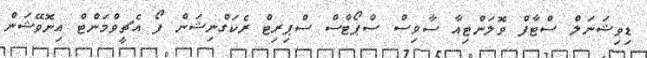
ޑިވިޝަނަލް ސްޓާފް ވޮލަންޓިއާ ސާވިސް ސްޕޯޓްސް ސްޕިރިޓް ރެކަގްނިޝަން ފޯ އެޗީވްމަންޓް އިނޮވޭޝަން